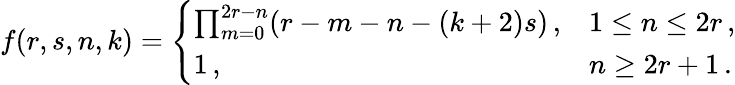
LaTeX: f(r,s,n,k)=\left\{ \begin{array}{ll}{{\prod_{m=0}^{2r-n}(r-m-n-(k+2)s)\, ,}}&{{1\leq n\leq 2r\, ,}}\\ {{1\, ,}}&{{n\geq 2r+1\, .}}\end{array}\right.